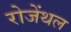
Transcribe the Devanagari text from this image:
रोजेंथल